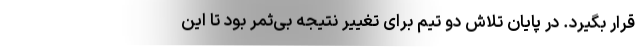
قرار بگیرد. در پایان تلاش دو تیم برای تغییر نتیجه بی‌ثمر بود تا این